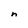
Character: n